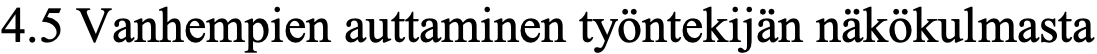
4.5 Vanhempien auttaminen työntekijän näkökulmasta